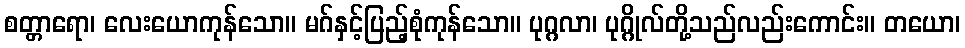
စတ္တာရော၊ လေးယောကုန်သော။ မဂ်နှင့်ပြည့်စုံကုန်သော။ ပုဂ္ဂလာ၊ ပုဂ္ဂိုလ်တို့သည်လည်းကောင်း။ တယော၊